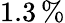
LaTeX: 1.3\, \%